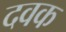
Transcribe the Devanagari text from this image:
दवक